Tezpur Lunatic Asylum reports 1895-1904 - 1895-1904
Year: 1895
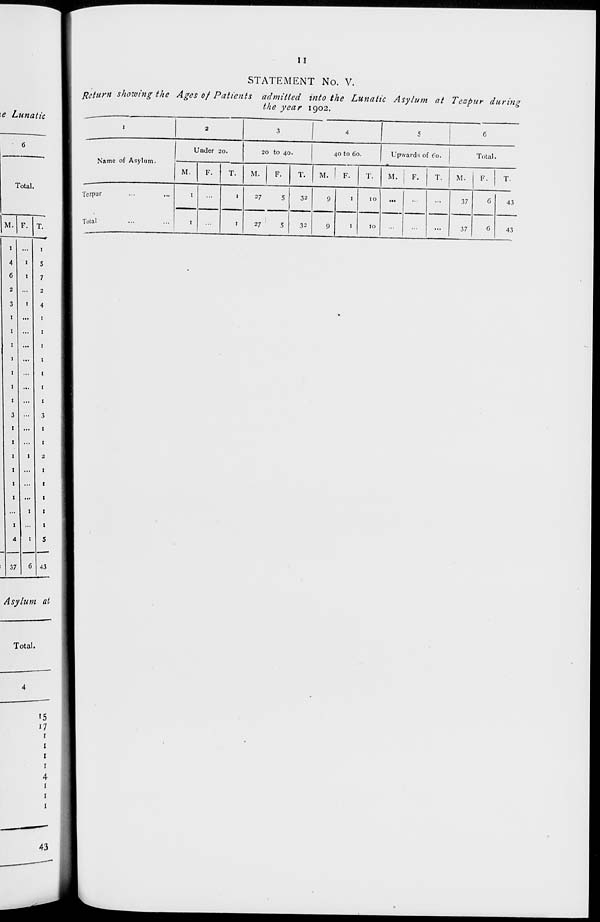
II
\e Lunatic
STATEMENT No. V.
Return showing the Ages of Patients admitted into the Lunatic Asylum at Tezpur during
the year 1902.
I
2
3
4
5
6
Name of Asylum.
Under 20.
20 to 40.
40 to 60.
Upwards of Co.
Total.
M.
F.
T.
M.
F.
T.
M.
F.
T.
M. j F.
T.
M. 1 F.
T.
Tczpur
1
1
27
5
5
32
9
1
10
...
...
37
G
43
Total
1
1
27
32
9
1
10
...
...
37
6
43